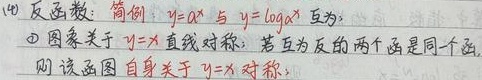
(4) 反函数： 简例：\(y = a^{x}\) 与 \(y = \log_{a}x\) 互为反函数。
\textcircled{1} 图象关于 \(y = x\) 直线对称； 若互为反函数的两个函数是同一个函数，则该函数图象自身关于 \(y = x\) 对称；